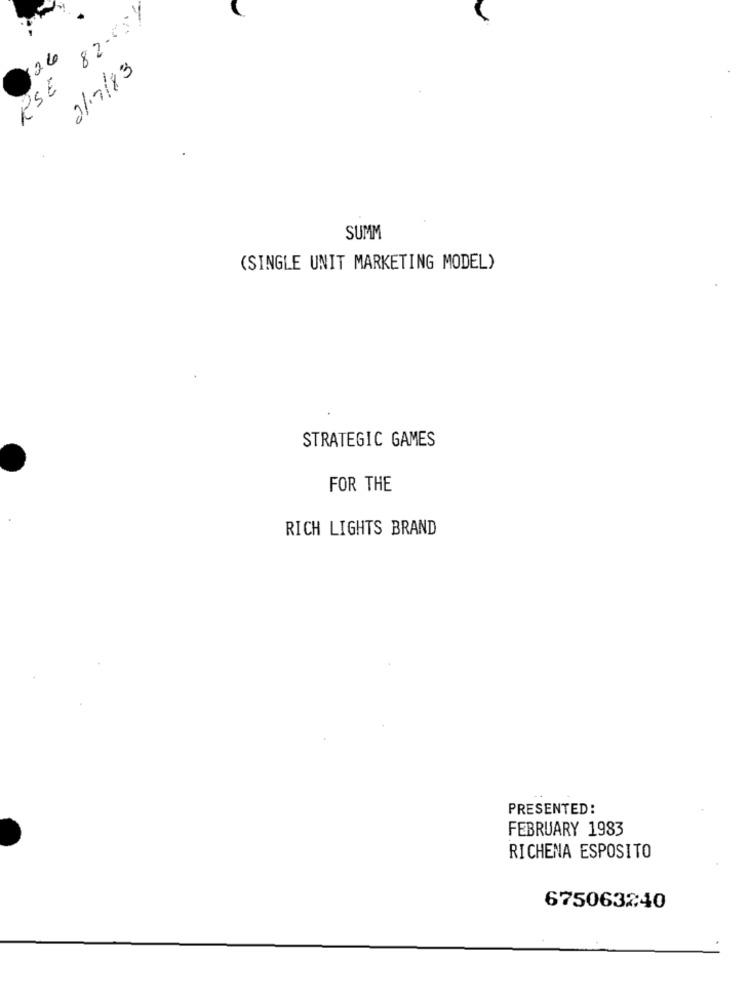
RSE 82.051
26
2/7/13
SUMM
(SINGLE UNIT MARKETING MODEL)
STRATEGIC GAMES
FOR THE
RICH LIGHTS BRAND
PRESENTED:
FEBRUARY 1983
RICHENA ESPOSITO
675063240